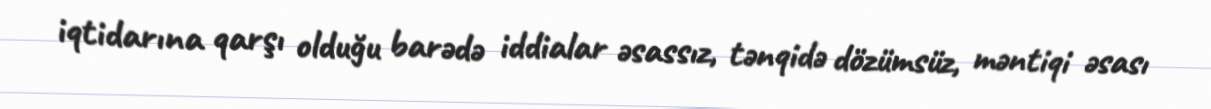
iqtidarına qarşı olduğu barədə iddialar əsassız, tənqidə dözümsüz, məntiqi əsası